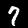
Label: 7